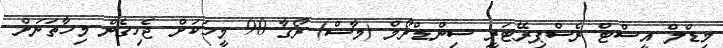
މިޑްލް އީސްޓް ރެސްޕިރޭޓަރީ ސިންޑްރޯމް (މާސް) ރޯގާ 90 މީހަކަށް ޖެހިގެން މިހާތަނަށް